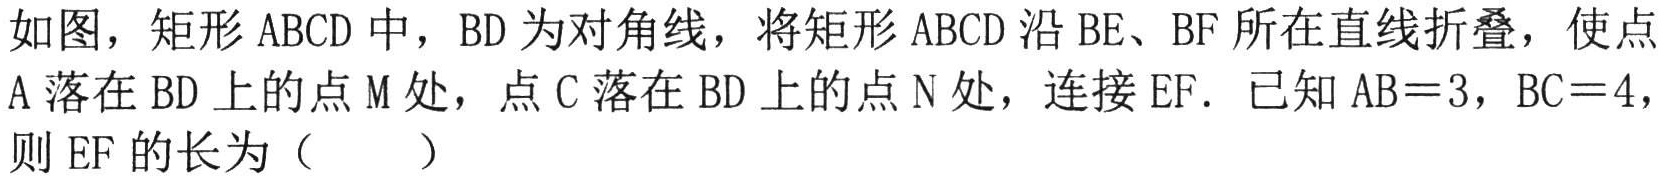
如图，矩形 \(ABCD\) 中，\(BD\) 为对角线，将矩形 \(ABCD\) 沿 \(BE\)、\(BF\) 所在直线折叠，使点 \(A\) 落在 \(BD\) 上的点 \(M\) 处，点 \(C\) 落在 \(BD\) 上的点 \(N\) 处，连接 \(EF\)．已知 \(AB = 3\)，\(BC = 4\)，则 \(EF\) 的长为（  ）